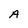
Character: A